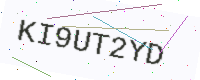
Text: KI9UT2YD